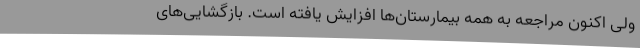
ولی اکنون مراجعه به همه بیمارستان‌ها افزایش یافته است. بازگشایی‌های